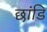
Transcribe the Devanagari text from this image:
छांडि